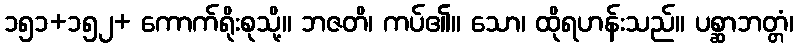
၁၅၁+၁၅၂+ ကောက်ရိုးစုသို့။ ဘဇတိ၊ ကပ်၏။ သော၊ ထိုရဟန်းသည်။ ပစ္ဆာဘတ္တံ၊